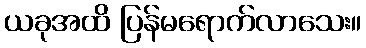
ယခုအထိ ပြန်မရောက်လာသေး။